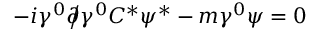
- i \gamma ^ { 0 } { \partial \! \! \! { \big / } } \gamma ^ { 0 } C ^ { * } \psi ^ { * } - m \gamma ^ { 0 } \psi = 0